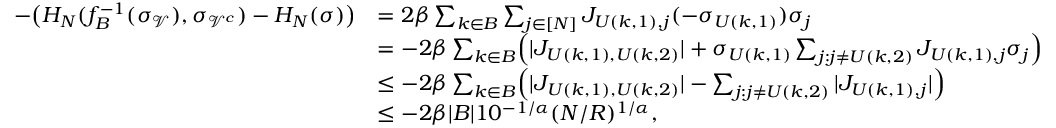
\begin{array} { r l } { - \bigl ( H _ { N } ( f _ { B } ^ { - 1 } ( \sigma _ { \mathcal { V } } ) , \sigma _ { { \mathcal { V } } ^ { c } } ) - H _ { N } ( \sigma ) \bigr ) } & { = 2 \beta \sum _ { k \in B } \sum _ { j \in [ N ] } J _ { U ( k , 1 ) , j } ( - \sigma _ { U ( k , 1 ) } ) \sigma _ { j } } \\ & { = - 2 \beta \sum _ { k \in B } \Bigl ( | J _ { U ( k , 1 ) , U ( k , 2 ) } | + \sigma _ { U ( k , 1 ) } \sum _ { j : j \neq U ( k , 2 ) } J _ { U ( k , 1 ) , j } \sigma _ { j } \Bigr ) } \\ & { \leq - 2 \beta \sum _ { k \in B } \Bigl ( | J _ { U ( k , 1 ) , U ( k , 2 ) } | - \sum _ { j : j \neq U ( k , 2 ) } | J _ { U ( k , 1 ) , j } | \Bigr ) } \\ & { \leq - 2 \beta | B | 1 0 ^ { - 1 / \alpha } ( N / R ) ^ { 1 / \alpha } , } \end{array}